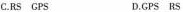
C.RS GPS D.GPS RS